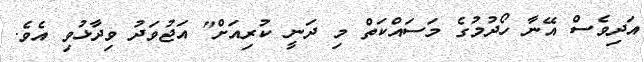
އަދިވެސް އޭނާ ހޯދުމުގެ މަސައްކަތް މި ދަނީ ކުރިއަށް" އަޖުވަދު ވިދާޅުވި އެވެ.